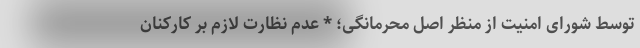
توسط شورای امنیت از منظر اصل محرمانگی؛ * عدم نظارت لازم بر کارکنان